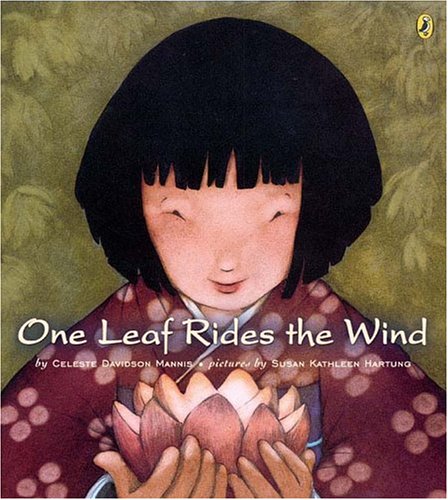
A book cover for One Leaf Rides the Wind; Celeste Mannis; Crafts, Hobbies & Home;